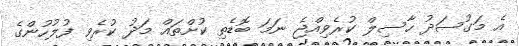
އެ މަގުސަދު ހާސިލް ކުރެވިއްޖެ ނަމަ ބޮޑެތި ކުށްތައް މަދު ކުރެވި ފުލުހުންގެ